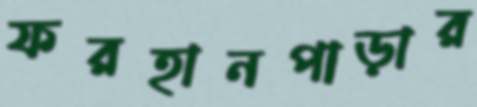
ফরহানপাড়ার